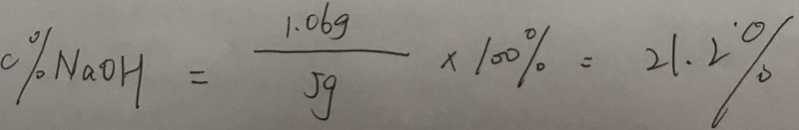
0 \% N a O H = \frac { 1 . 0 6 g } { 5 g } \times 1 0 0 \% = 2 1 . 2 \%